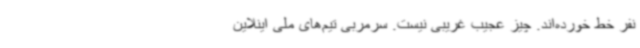
نفر خط خورده‌اند. چیز عجیب غریبی نیست. سرمربی تیم‌های ملی اینلاین